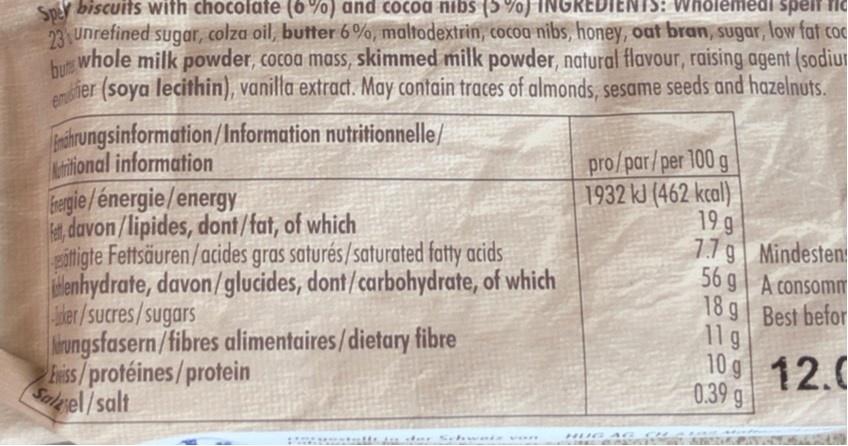
IS: Wholemedi speif TIC
Sper biscuits with chocolafe (6%) and COcoa nibs (5 %) 23 Unrefined sugar, colza oil, butter 6%, maltodextrin, cocoa nibs, honey, oat bran, sugar, low fat coc whole milk powder, cocoa mass, skimmed milk powder, natural flavour, raising agent (sodiur
but ier (soya lecithin), vanilla extract. May contain traces of almonds, sesame seeds and hazelnuts.
Teihrungsinformation/Information nutritionnelle/ itional information regie/énergie/energy davon/lipides, dont/fat, of which sitigte Fettsäuren/acides gras saturés/saturated fatty acids Henhydrate, davon/glucides, dont/carbohydrate, of which sler/sucres/sugars Nrungsfasern/fibres alimentaires/dietary fibre Eniss/protéines/protein Salgel/salt
pro/par/per 100 g 1932 kJ (462 kcal) 19 g 77g| Mindesten: 56 g| A consomm 18 g| Best befor 119
10 12.C 0.39 g
Schweir von
HUG AG